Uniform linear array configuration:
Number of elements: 32
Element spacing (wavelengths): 0.25
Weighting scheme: cosine
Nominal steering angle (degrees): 30
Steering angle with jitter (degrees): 29.418
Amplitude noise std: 0.05
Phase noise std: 0.05

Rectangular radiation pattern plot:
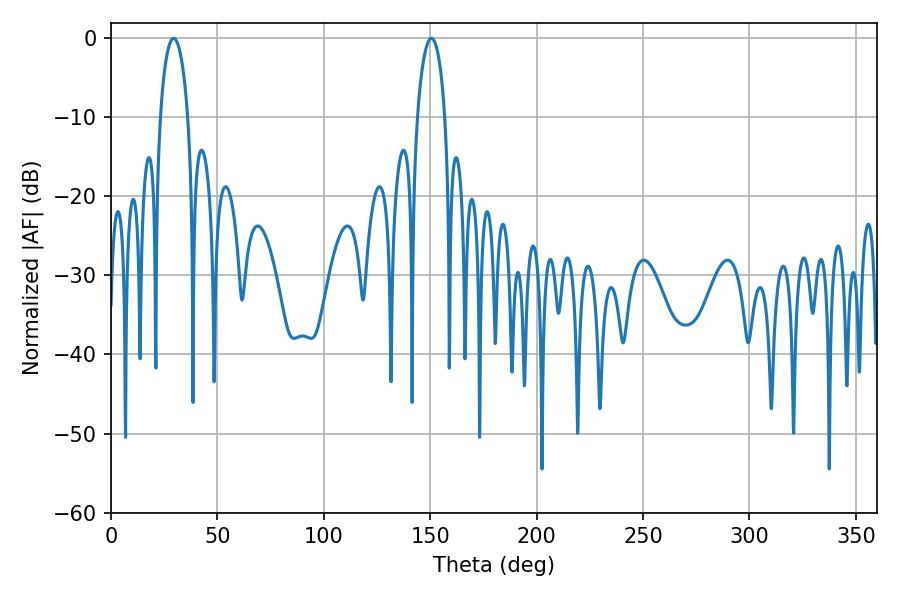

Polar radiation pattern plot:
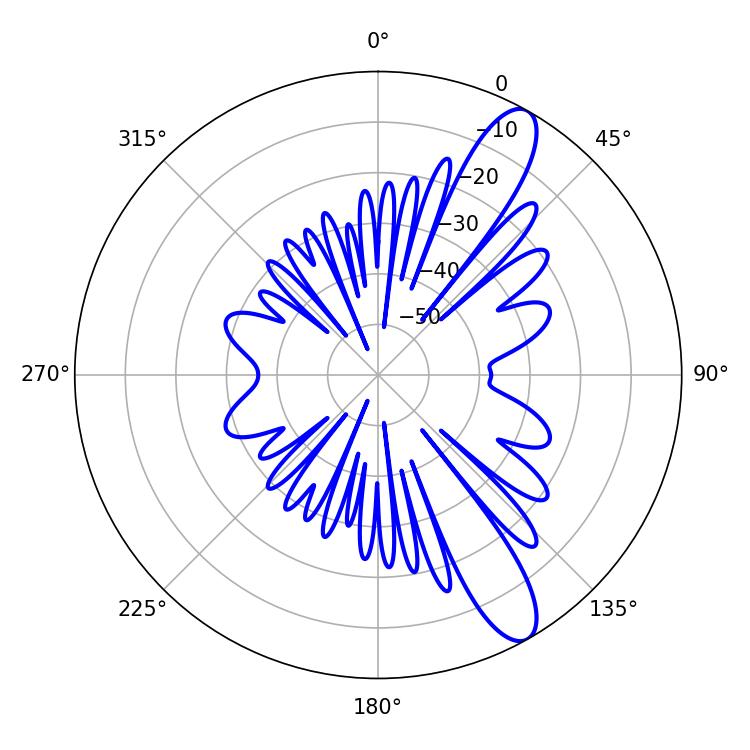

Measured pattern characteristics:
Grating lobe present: FALSE
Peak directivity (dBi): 11.485
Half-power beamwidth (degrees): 7.56
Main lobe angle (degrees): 29.52